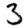
Digit: 3